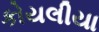
કોયલીયા